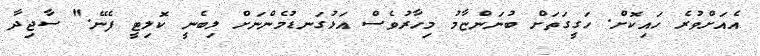
އެއަށްވުރެ ހައިކޮށް. ހަގީގަތަށް ބުނަންްޏާމު މިހާރުވެސް އަޅުގަނޑުމެންނަށް ލިބެނީ ކޮލިޓީ ފެނޭ." ސާޖިދާ